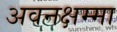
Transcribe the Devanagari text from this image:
अवनक्षम्मा